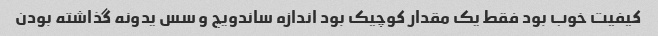
کیفیت خوب بود فقط یک مقدار کوچیک بود اندازه ساندویچ و سس یدونه گذاشته بودن